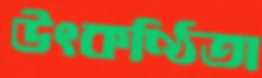
উৎকণ্ঠিতা